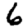
Digit: 6